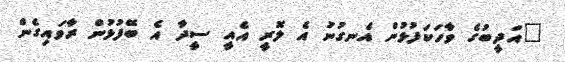
"އަދީބުގެ ވާހަކަފުޅުން އެނގުނު އެ ލޮރީ އެއީ ސީދާ އެ ބޭފުޅުން ރާވައިގެން